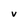
Character: v